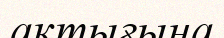
ақтығына